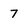
Character: 7